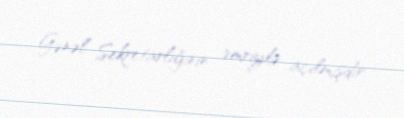
Gənəl Sekretarlığının əmriylə açılmışdır.